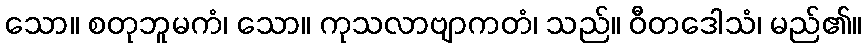
သော။ စတုဘူမကံ၊ သော။ ကုသလာဗျာကတံ၊ သည်။ ဝီတဒေါသံ၊ မည်၏။